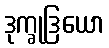
ဒုက္ခုဒြယော